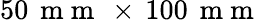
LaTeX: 50\, \mathrm{~m~m~}\, \times\, 100\, \mathrm{~m~m~}